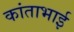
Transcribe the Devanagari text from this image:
कांताभाई